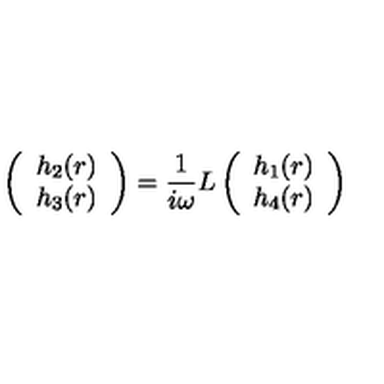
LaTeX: \left( \begin{array} { c } { h _ { 2 } ( r ) } \\ { h _ { 3 } ( r ) } \\ \end{array} \right) = { \frac { 1 } { i \omega } } L \left( \begin{array} { c } { h _ { 1 } ( r ) } \\ { h _ { 4 } ( r ) } \\ \end{array} \right)